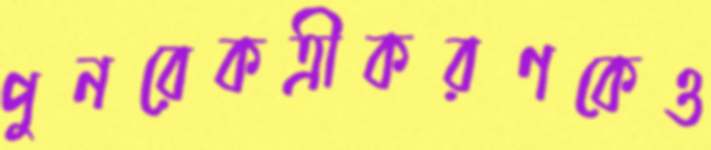
পুনরেকত্রীকরণকেও